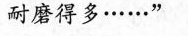
耐磨得多……”